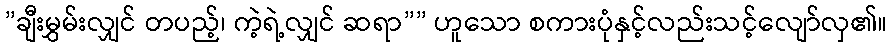
”ချီးမွှမ်းလျှင် တပည့်၊ ကဲ့ရဲ့လျှင် ဆရာ”” ဟူသော စကားပုံနှင့်လည်းသင့်လျော်လှ၏။